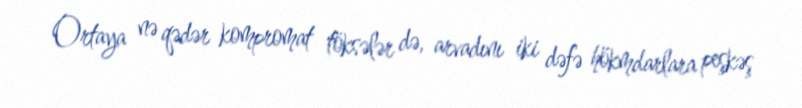
Ortaya nə qədər kompromat töksələr də, arvadını iki dəfə hökmdarlara peşkəş